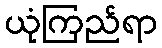
ယုံကြည်ရာ